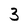
Character: 3